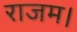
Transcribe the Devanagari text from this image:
राजम।